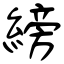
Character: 縍